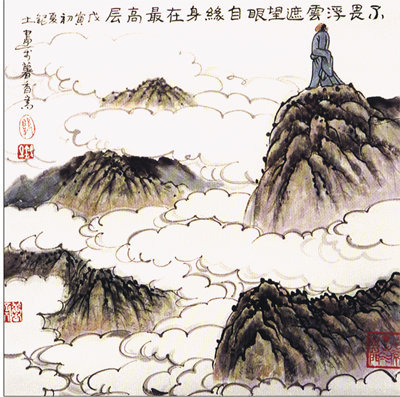
不畏浮云遮望眼，自缘身在最高层。